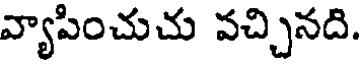
వ్యాపించుచు వచ్చినది.